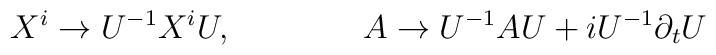
X^i \to U^{-1} X^i U, \qquad \qquad A \to U^{-1} A U +i U^{-1}\partial_t U